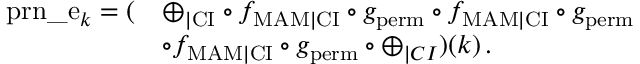
\begin{array} { r l } { \mathrm { p r n \_ e } _ { k } = ( } & { \oplus _ { | \mathrm { C I } } \circ f _ { \mathrm { M A M } | \mathrm { C I } } \circ g _ { \mathrm { p e r m } } \circ f _ { \mathrm { M A M } | \mathrm { C I } } \circ g _ { \mathrm { p e r m } } } \\ & { \circ f _ { \mathrm { M A M } | \mathrm { C I } } \circ g _ { \mathrm { p e r m } } \circ \oplus _ { | C I } ) ( k ) \, . } \end{array}